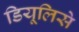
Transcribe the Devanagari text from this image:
डियूलिसे